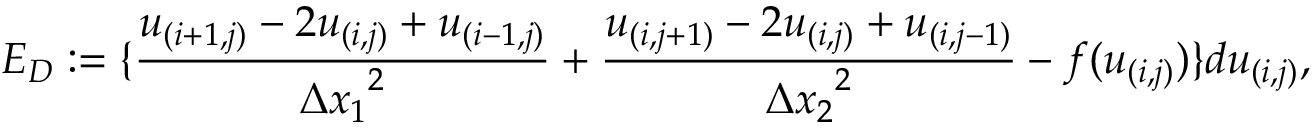
E _ { D } : = \{ \frac { u _ { ( i + 1 , j ) } - 2 u _ { ( i , j ) } + u _ { ( i - 1 , j ) } } { { \Delta x _ { 1 } } ^ { 2 } } + \frac { u _ { ( i , j + 1 ) } - 2 u _ { ( i , j ) } + u _ { ( i , j - 1 ) } } { { \Delta x _ { 2 } } ^ { 2 } } - f ( u _ { ( i , j ) } ) \} d u _ { ( i , j ) } ,